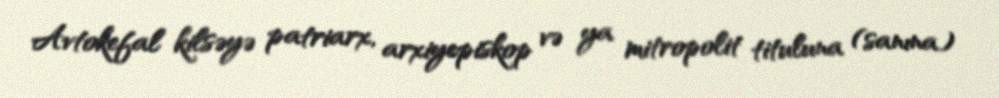
Avtokefal kilsəyə patriarx, arxiyepiskop və ya mitropolit tituluna (sanına)